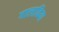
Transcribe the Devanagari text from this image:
गालाबिया